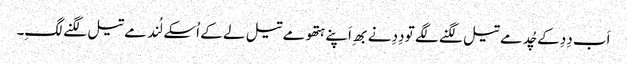
اَب دِدِ کے چُد مے تیل لگنے لگے تو دِدِ نے بھِ اَپنے ہتھو مے تیل لے کے اُسکے لُند مے تیل لگنے لگِ۔